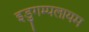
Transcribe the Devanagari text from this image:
इडुगम्पलायम